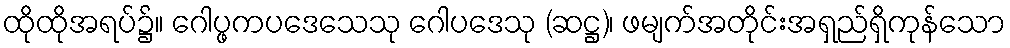
ထိုထိုအရပ်၌။ ဂေါပ္ဖကပဒေသေသု ဂေါပဒေသု (ဆဋ္ဌ)၊ ဖမျက်အတိုင်းအရှည်ရှိကုန်သော